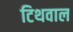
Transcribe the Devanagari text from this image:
टिथवाल